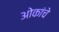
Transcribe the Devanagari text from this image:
ओकांचे